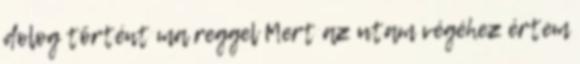
dolog történt ma reggel Mert az utam végéhez értem